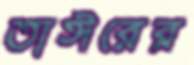
তাঈরের